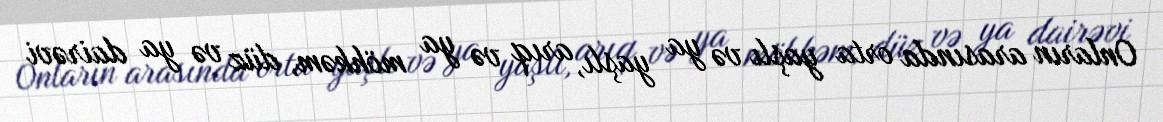
Onların arasında orta yaşlı və ya yaşlı, arıq və ya möhkəm, düz və ya dairəvi